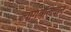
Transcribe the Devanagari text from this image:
त्यागबलिदान